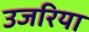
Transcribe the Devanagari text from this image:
उजरिया